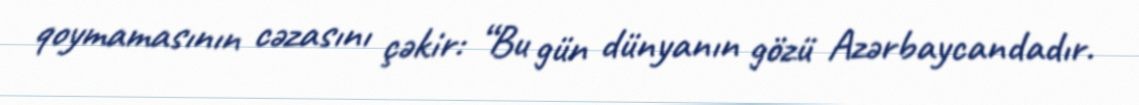
qoymamasının cəzasını çəkir: “Bu gün dünyanın gözü Azərbaycandadır.